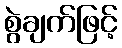
စွဲချက်ဖြင့်